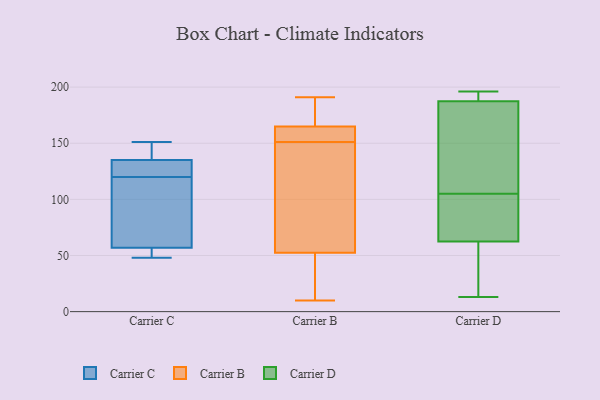
{"axis": {"x": "Net Income (USD K)", "y": "Value"}, "legend": ["Carrier B", "Carrier C", "Carrier D"], "data": [{"x": "", "y": 123, "type": "Carrier C"}, {"x": "", "y": 51, "type": "Carrier C"}, {"x": "", "y": 57, "type": "Carrier C"}, {"x": "", "y": 132, "type": "Carrier C"}, {"x": "", "y": 135, "type": "Carrier C"}, {"x": "", "y": 139, "type": "Carrier C"}, {"x": "", "y": 48, "type": "Carrier C"}, {"x": "", "y": 96, "type": "Carrier C"}, {"x": "", "y": 117, "type": "Carrier C"}, {"x": "", "y": 151, "type": "Carrier C"}, {"x": "", "y": 37, "type": "Carrier B"}, {"x": "", "y": 166, "type": "Carrier B"}, {"x": "", "y": 151, "type": "Carrier B"}, {"x": "", "y": 10, "type": "Carrier B"}, {"x": "", "y": 162, "type": "Carrier B"}, {"x": "", "y": 160, "type": "Carrier B"}, {"x": "", "y": 180, "type": "Carrier B"}, {"x": "", "y": 161, "type": "Carrier B"}, {"x": "", "y": 179, "type": "Carrier B"}, {"x": "", "y": 48, "type": "Carrier B"}, {"x": "", "y": 128, "type": "Carrier B"}, {"x": "", "y": 103, "type": "Carrier B"}, {"x": "", "y": 66, "type": "Carrier B"}, {"x": "", "y": 191, "type": "Carrier B"}, {"x": "", "y": 30, "type": "Carrier B"}, {"x": "", "y": 28, "type": "Carrier D"}, {"x": "", "y": 95, "type": "Carrier D"}, {"x": "", "y": 61, "type": "Carrier D"}, {"x": "", "y": 196, "type": "Carrier D"}, {"x": "", "y": 144, "type": "Carrier D"}, {"x": "", "y": 96, "type": "Carrier D"}, {"x": "", "y": 189, "type": "Carrier D"}, {"x": "", "y": 191, "type": "Carrier D"}, {"x": "", "y": 105, "type": "Carrier D"}, {"x": "", "y": 196, "type": "Carrier D"}, {"x": "", "y": 186, "type": "Carrier D"}, {"x": "", "y": 67, "type": "Carrier D"}, {"x": "", "y": 13, "type": "Carrier D"}, {"x": "", "y": 119, "type": "Carrier D"}, {"x": "", "y": 76, "type": "Carrier D"}, {"x": "", "y": 36, "type": "Carrier D"}, {"x": "", "y": 37, "type": "Carrier D"}, {"x": "", "y": 188, "type": "Carrier D"}, {"x": "", "y": 185, "type": "Carrier D"}]}